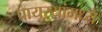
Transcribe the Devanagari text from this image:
पायऱ्यांमध्ये